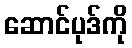
ဆောင်ပုဒ်ကို